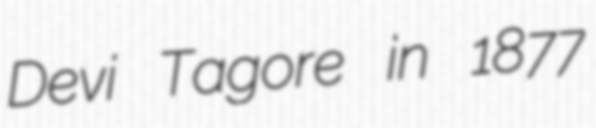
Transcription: Devi Tagore in 1877